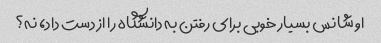
او شانس بسیار خوبی برای رفتن به دانشگاه را از دست داد، نه؟